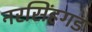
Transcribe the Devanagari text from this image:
नरसिंहगड